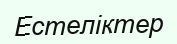
Естеліктер